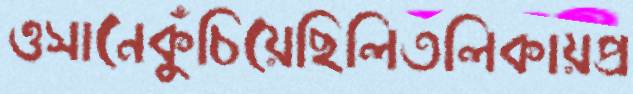
ওসানেকুঁচিয়েছিলিতলিকায়প্র